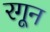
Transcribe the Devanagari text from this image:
रगून